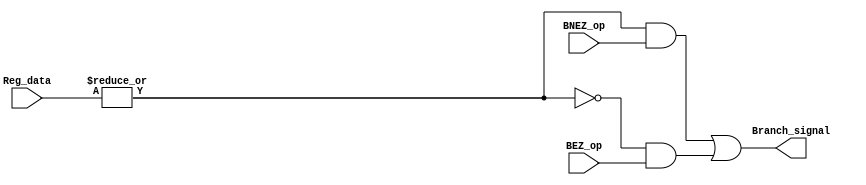
`timescale 1ns / 1ps
//////////////////////////////////////////////////////////////////////////////////
// Company: 
// Engineer: 
// 
// Design Name: 
// Module Name:    BEZ_BNEZ_detect 
// Project Name: 
// Target Devices: 
// Tool versions: 
// Description: 
//
// Dependencies: 
//
// Revision: 
// Revision 0.01 - File Created
// Additional Comments: j
//
//////////////////////////////////////////////////////////////////////////////////
module BEZ_BNEZ_detect(
    input [63:0] Reg_data,
    input BEZ_op,
	 input BNEZ_op,
    output Branch_signal
    );

	 wire nz_middle;
	 
	 assign nz_middle = | Reg_data[63:0];
	 assign Branch_signal = (nz_middle & BNEZ_op)|(~nz_middle & BEZ_op);
endmodule